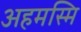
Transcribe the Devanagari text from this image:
अहमस्मि